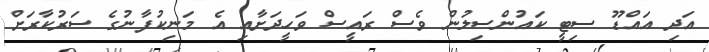
އަދި އައްޑޫ ސިޓީ ކައުންސިލުން ވެސް ރައީސް ވަހީދަށާއި އެ މަނިކުފާނުގެ ސަރުކާރަށް